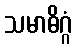
သမာဓိဂ္ဂံ